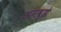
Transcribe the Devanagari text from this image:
अनबुझे